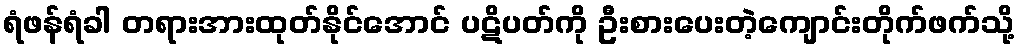
ရံဖန်ရံခါ တရားအားထုတ်နိုင်အောင် ပဋိပတ်ကို ဦးစားပေးတဲ့ကျောင်းတိုက်ဖက်သို့